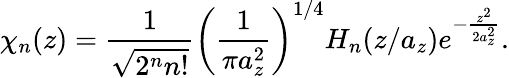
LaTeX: \chi_{n}(z)=\frac{1}{\sqrt{2^{n}n!}}\left(\frac{1}{\pi a_{z}^{2}}\right)^{1/4}H_{n}(z/a_{z})e^{-\frac{z^{2}}{2a_{z}^{2}}}.